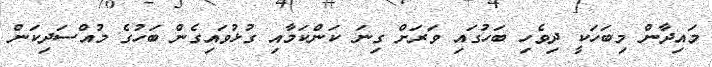
މައިދާން މިބަހަކީ ދިވެހި ބަހުގައި ވަރަށް ގިނަ ކަންކަމާއި ގުޅުވައިގެން ބަހުގެ މުއްސަދިކަން